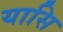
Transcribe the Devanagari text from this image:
यासि